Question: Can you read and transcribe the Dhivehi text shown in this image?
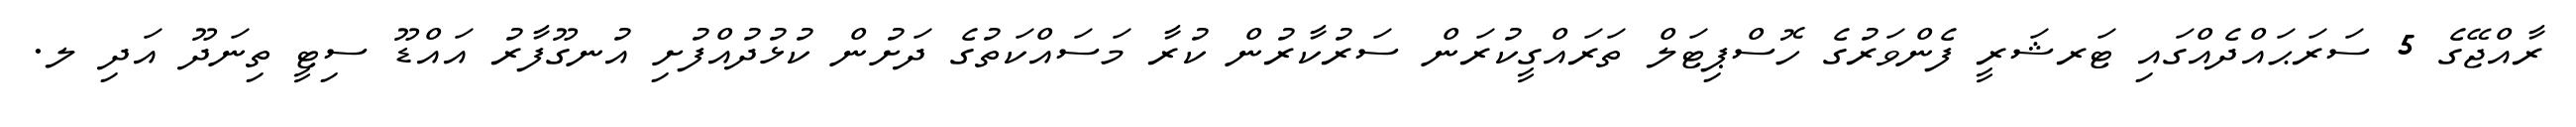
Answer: ރާއްޖޭގެ 5 ސަރަޙައްދެއްގައި ޓަރޝަރީ ފެންވަރުގެ ހޮސްޕިޓަލް ތަރައްގީކުރަން ސަރުކާރުން ކުރާ މަސައްކަތުގެ ދަށުން ކުޅުދުއްފުށި އުނގޫފާރު އައްޑޫ ސިޓީ ތިނަދޫ އަދި ލ.